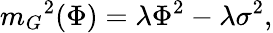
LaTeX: {m_{G}}^{2}(\Phi)=\lambda{\Phi}^{2}-\lambda{\sigma}^{2},